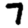
Digit: 7